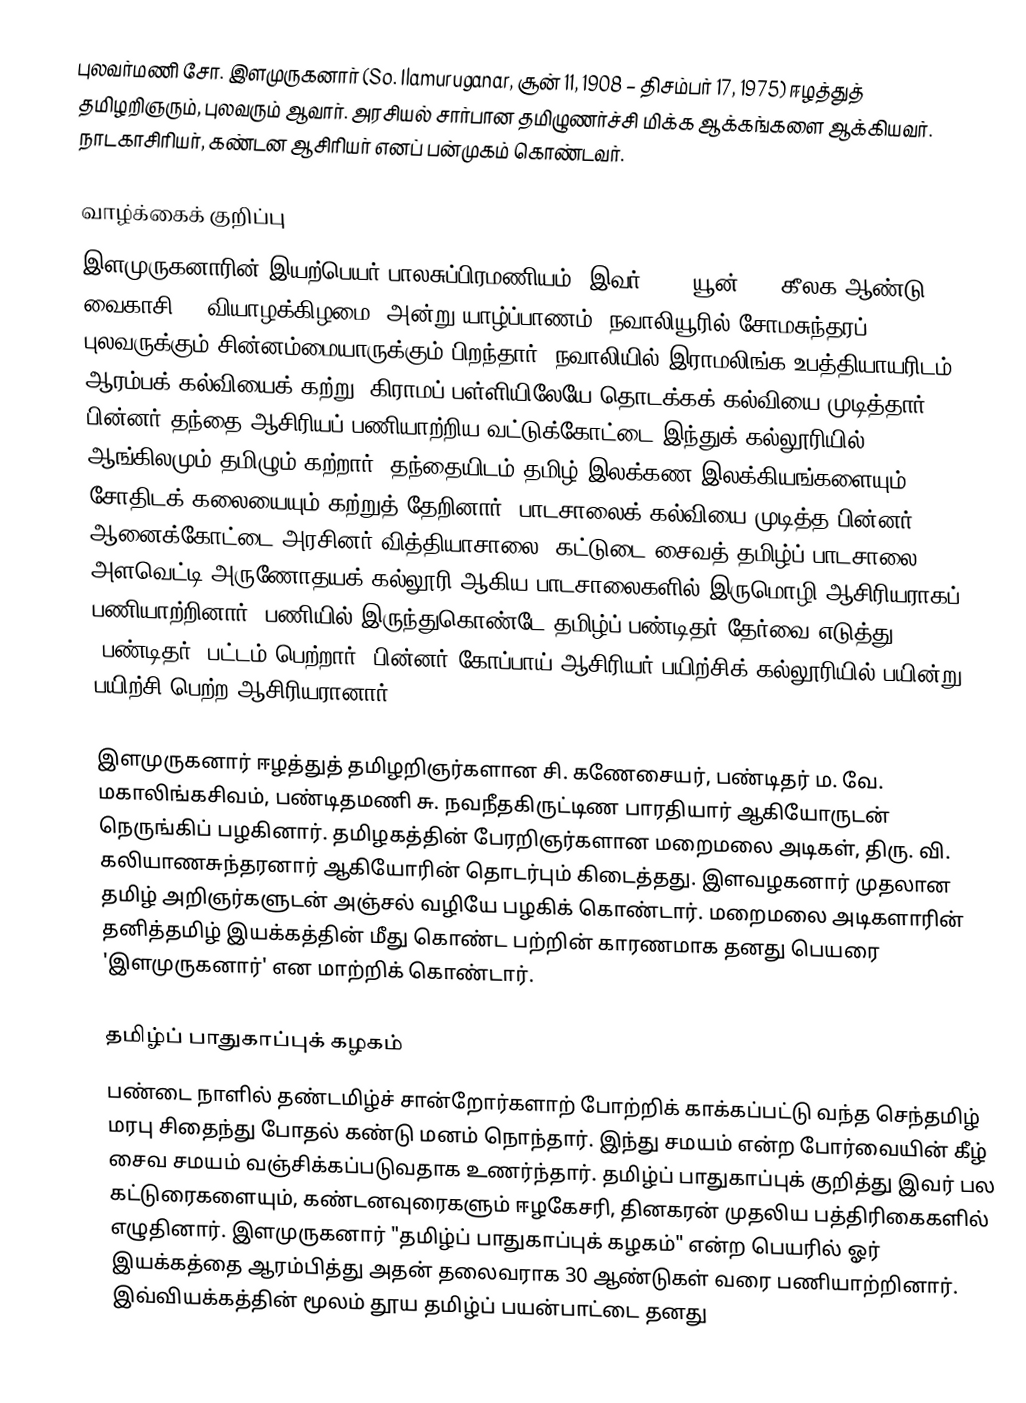
புலவர்மணி சோ. இளமுருகனார் (So. Ilamuruganar, சூன் 11, 1908 – திசம்பர் 17, 1975) ஈழத்துத் தமிழறிஞரும், புலவரும் ஆவார். அரசியல் சார்பான தமிழுணர்ச்சி மிக்க ஆக்கங்களை ஆக்கியவர். நாடகாசிரியர், கண்டன ஆசிரியர் எனப் பன்முகம் கொண்டவர்.

வாழ்க்கைக் குறிப்பு
இளமுருகனாரின் இயற்பெயர் பாலசுப்பிரமணியம். இவர் 1908 யூன் 11 (கீலக ஆண்டு வைகாசி 30 வியாழக்கிழமை) அன்று யாழ்ப்பாணம், நவாலியூரில் சோமசுந்தரப் புலவருக்கும் சின்னம்மையாருக்கும் பிறந்தார். நவாலியில் இராமலிங்க உபத்தியாயரிடம் ஆரம்பக் கல்வியைக் கற்று, கிராமப் பள்ளியிலேயே தொடக்கக் கல்வியை முடித்தார். பின்னர் தந்தை ஆசிரியப் பணியாற்றிய வட்டுக்கோட்டை இந்துக் கல்லூரியில் ஆங்கிலமும் தமிழும் கற்றார். தந்தையிடம் தமிழ் இலக்கண இலக்கியங்களையும், சோதிடக் கலையையும் கற்றுத் தேறினார். பாடசாலைக் கல்வியை முடித்த பின்னர் ஆனைக்கோட்டை அரசினர் வித்தியாசாலை, கட்டுடை சைவத் தமிழ்ப் பாடசாலை, அளவெட்டி அருணோதயக் கல்லூரி ஆகிய பாடசாலைகளில் இருமொழி ஆசிரியராகப் பணியாற்றினார். பணியில் இருந்துகொண்டே தமிழ்ப் பண்டிதர் தேர்வை எடுத்து 'பண்டிதர்' பட்டம் பெற்றார். பின்னர் கோப்பாய் ஆசிரியர் பயிற்சிக் கல்லூரியில் பயின்று பயிற்சி பெற்ற ஆசிரியரானார்.

இளமுருகனார் ஈழத்துத் தமிழறிஞர்களான சி. கணேசையர், பண்டிதர் ம. வே. மகாலிங்கசிவம், பண்டிதமணி சு. நவநீதகிருட்டிண பாரதியார் ஆகியோருடன் நெருங்கிப் பழகினார். தமிழகத்தின் பேரறிஞர்களான மறைமலை அடிகள், திரு. வி. கலியாணசுந்தரனார் ஆகியோரின் தொடர்பும் கிடைத்தது. இளவழகனார் முதலான தமிழ் அறிஞர்களுடன் அஞ்சல் வழியே பழகிக் கொண்டார். மறைமலை அடிகளாரின் தனித்தமிழ் இயக்கத்தின் மீது கொண்ட பற்றின் காரணமாக தனது பெயரை 'இளமுருகனார்' என மாற்றிக் கொண்டார்.

தமிழ்ப் பாதுகாப்புக் கழகம்
பண்டை நாளில் தண்டமிழ்ச் சான்றோர்களாற் போற்றிக் காக்கப்பட்டு வந்த செந்தமிழ் மரபு சிதைந்து போதல் கண்டு மனம் நொந்தார். இந்து சமயம் என்ற போர்வையின் கீழ் சைவ சமயம் வஞ்சிக்கப்படுவதாக உணர்ந்தார். தமிழ்ப் பாதுகாப்புக் குறித்து இவர் பல கட்டுரைகளையும், கண்டனவுரைகளும் ஈழகேசரி, தினகரன் முதலிய பத்திரிகைகளில் எழுதினார். இளமுருகனார் "தமிழ்ப் பாதுகாப்புக் கழகம்" என்ற பெயரில் ஓர் இயக்கத்தை ஆரம்பித்து அதன் தலைவராக 30 ஆண்டுகள் வரை பணியாற்றினார். இவ்வியக்கத்தின் மூலம் தூய தமிழ்ப் பயன்பாட்டை தனது